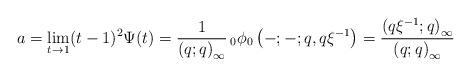
LaTeX: \begin{align*} a=\lim_{t\to1}(t-1)^{2}\Psi(t)=\frac{1}{\left(q;q\right)_{\infty}}\,_{0}\phi_{0}\left(-;-;q,q\xi^{-1}\right) =\frac{\left(q\xi^{-1};q\right)_{\infty}}{\left(q;q\right)_{\infty}}\end{align*}